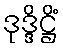
ဒုဒ္ဒိဋ္ဌိံ